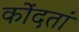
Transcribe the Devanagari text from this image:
कोंदतां